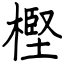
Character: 樫